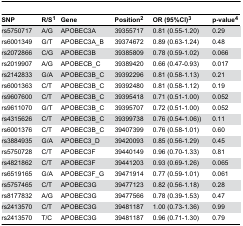
<table><thead><tr><td><b>SNP</b></td><td><b>R/S<sup>1</sup></b></td><td><b>Gene</b></td><td><b>Position<sup>2</sup></b></td><td><b>OR (95%CI)<sup>3</sup></b></td><td><b>p-value<sup>4</sup></b></td></tr></thead><tbody><tr><td>rs5750717</td><td>A/G</td><td>APOBEC3A</td><td>39355717</td><td>0.81 (0.55-1.20)</td><td>0.29</td></tr><tr><td>rs6001349</td><td>G/T</td><td>APOBEC3A_B</td><td>39374672</td><td>0.89 (0.63-1.24)</td><td>0.48</td></tr><tr><td>rs2072866</td><td>C/G</td><td>APOBEC3B</td><td>39385809</td><td>0.78 (0.59-1.02)</td><td>0.066</td></tr><tr><td>rs2019907</td><td>A/G</td><td>APOBECB_C</td><td>39389420</td><td>0.66 (0.47-0.93)</td><td>0.017</td></tr><tr><td>rs2142833</td><td>G/A</td><td>APOBEC3B_C</td><td>39392296</td><td>0.81 (0.58-1.13)</td><td>0.21</td></tr><tr><td>rs6001363</td><td>C/T</td><td>APOBEC3B_C</td><td>39392480</td><td>0.81 (0.58-1.12)</td><td>0.19</td></tr><tr><td>rs9607600</td><td>C/T</td><td>APOBEC3B_C</td><td>39395418</td><td>0.71 (0.51-1.00)</td><td>0.052</td></tr><tr><td>rs9611070</td><td>G/T</td><td>APOBEC3B_C</td><td>39395707</td><td>0.72 (0.51-1.00)</td><td>0.052</td></tr><tr><td>rs4315626</td><td>C/T</td><td>APOBEC3B_C</td><td>39399738</td><td>0.76 (0.54-1.06))</td><td>0.11</td></tr><tr><td>rs6001376</td><td>C/T</td><td>APOBEC3B_C</td><td>39407399</td><td>0.76 (0.58-1.01)</td><td>0.60</td></tr><tr><td>rs3884935</td><td>G/A</td><td>APOBEC3_D</td><td>39420093</td><td>0.85 (0.56-1.29)</td><td>0.45</td></tr><tr><td>rs5750728</td><td>C/T</td><td>APOBEC3F</td><td>39440149</td><td>0.96 (0.70-1.33)</td><td>0.81</td></tr><tr><td>rs4821862</td><td>C/T</td><td>APOBEC3F</td><td>39441203</td><td>0.93 (0.69-1.26)</td><td>0.065</td></tr><tr><td>rs6519165</td><td>G/A</td><td>APOBEC3F_G</td><td>39471914</td><td>0.77 (0.59-1.01)</td><td>0.061</td></tr><tr><td>rs5757465</td><td>C/T</td><td>APOBEC3G</td><td>39477123</td><td>0.82 (0.56-1.18)</td><td>0.28</td></tr><tr><td>rs8177832</td><td>A/G</td><td>APOBEC3G</td><td>39477566</td><td>0.78 (0.39-1.53)</td><td>0.47</td></tr><tr><td>rs2413570</td><td>C/T</td><td>APOBEC3G</td><td>39481187</td><td>1.00 (0.73-1.36)</td><td>0.99</td></tr><tr><td>rs2413570</td><td>T/C</td><td>APOBEC3G</td><td>39481187</td><td>0.96 (0.71-1.30)</td><td>0.79</td></tr></tbody></table>